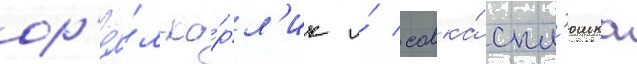
ор'ё́л-ка́рл'ик и́ совка́ спл'юшка